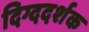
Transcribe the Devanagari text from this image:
दिग्ददर्शक